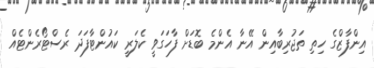
އިންފާޒްގެ ހިިތި ތަޖުރިބާއިން އޭނާ އެންމެ ބޮޑަށް ފާހަގަވީ ކެލަރީ ކައުންޓާފަދަ ރެސްޓޯރެންޓެއް